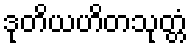
ဒုတိယဟိတသုတ္တံ